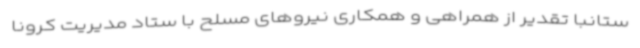
ستانبا تقدیر از همراهی و همکاری نیروهای مسلح با ستاد مدیریت کرونا